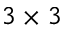
3 \times 3